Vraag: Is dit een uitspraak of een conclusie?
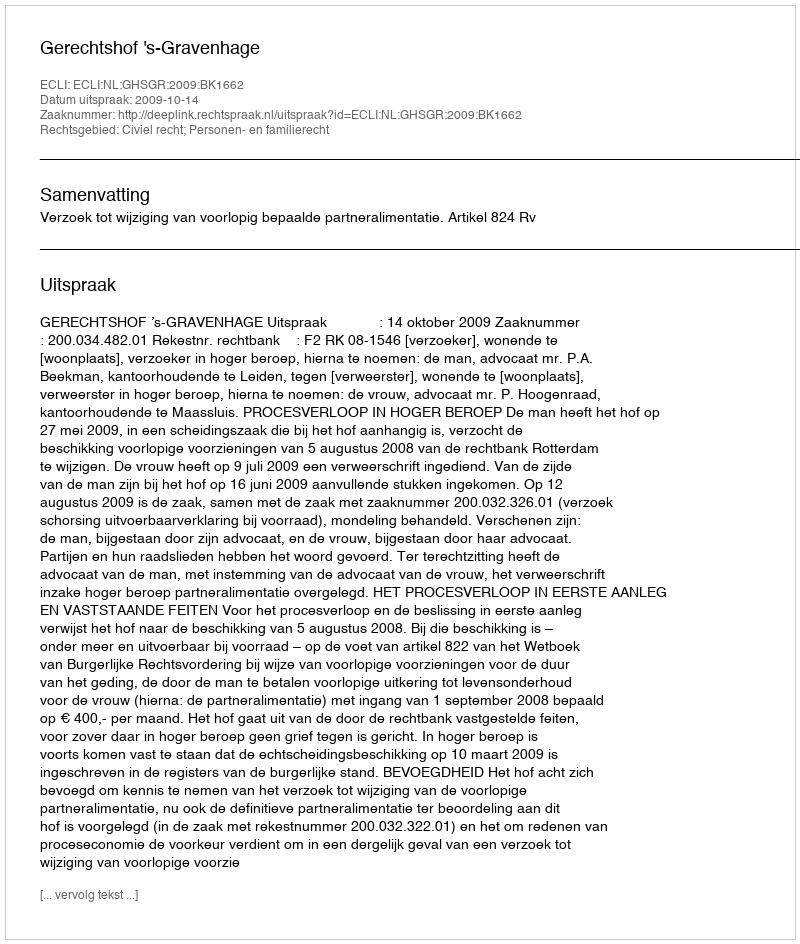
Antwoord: Uitspraak